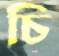
চি